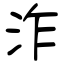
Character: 泎